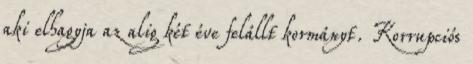
aki elhagyja az alig két éve felállt kormányt. Korrupciós